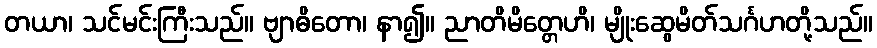
တယာ၊ သင်မင်းကြီးသည်။ ဗျာဓိတော၊ နာ၍။ ညာတိမိတ္တေဟိ၊ မျိုးဆွေမိတ်သင်္ဂဟတို့သည်။